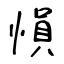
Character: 愪